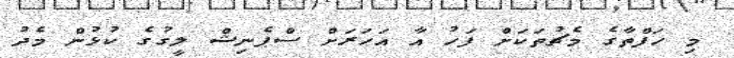
މި ހަފްތާގެ މެޗުތަކަށް ފަހު އާ އަހަރަށް ސްޕެނިޝް ލީގުގެ ކުޅުން މެދު